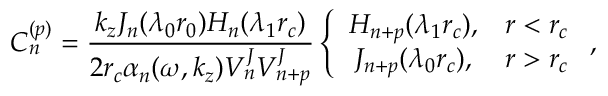
C _ { n } ^ { ( p ) } = \frac { k _ { z } J _ { n } ( \lambda _ { 0 } r _ { 0 } ) H _ { n } ( \lambda _ { 1 } r _ { c } ) } { 2 r _ { c } \alpha _ { n } ( \omega , k _ { z } ) V _ { n } ^ { J } V _ { n + p } ^ { J } } \left\{ \begin{array} { c c } { H _ { n + p } ( \lambda _ { 1 } r _ { c } ) , } & { r < r _ { c } } \\ { J _ { n + p } ( \lambda _ { 0 } r _ { c } ) , } & { r > r _ { c } } \end{array} \right. ,